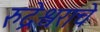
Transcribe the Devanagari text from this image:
रुद्रेश्वराचे